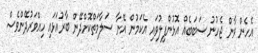
އެހެން ވާން ޖެހުނު ސަބަބެއް އޮޅުންފިލުވައި އެކަމުން އޭނާ ސަލާމަތްކޮށްދޭން ބާރުއަޅައި ހިއްވަރުދޭންވެސް